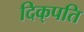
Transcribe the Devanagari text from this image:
दिक्‌पति